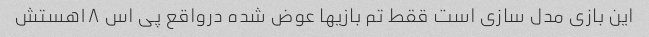
این بازی مدل سازی است ققط تم بازیها عوض شده درواقع پی اس ۱۸هستش